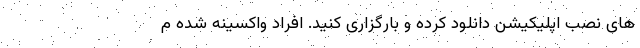
های نصب اپلیکیشن دانلود کرده و بارگزاری کنید. افراد واکسینه شده م